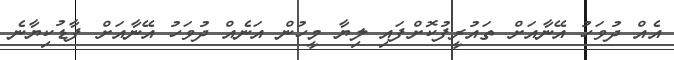
އެއް ދުވަހު އޭނާއަށް ތައުރީފުކޮށްފައި ލިޔާ މީހުން އަނެއް ދުވަހު އޭނާއަށް ފާޑުކިޔާނެ